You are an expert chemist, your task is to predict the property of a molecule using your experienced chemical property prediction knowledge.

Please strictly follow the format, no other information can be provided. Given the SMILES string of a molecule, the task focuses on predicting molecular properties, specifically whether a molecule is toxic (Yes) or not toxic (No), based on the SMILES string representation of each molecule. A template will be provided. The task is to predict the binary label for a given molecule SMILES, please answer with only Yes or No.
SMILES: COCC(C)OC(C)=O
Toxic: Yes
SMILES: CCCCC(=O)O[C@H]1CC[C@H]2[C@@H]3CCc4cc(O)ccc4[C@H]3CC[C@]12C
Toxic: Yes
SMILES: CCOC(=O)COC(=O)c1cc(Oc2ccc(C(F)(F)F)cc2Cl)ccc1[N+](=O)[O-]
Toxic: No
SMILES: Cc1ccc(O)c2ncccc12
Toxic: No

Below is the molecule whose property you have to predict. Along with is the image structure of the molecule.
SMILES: c1ccc2[nH]ccc2c1
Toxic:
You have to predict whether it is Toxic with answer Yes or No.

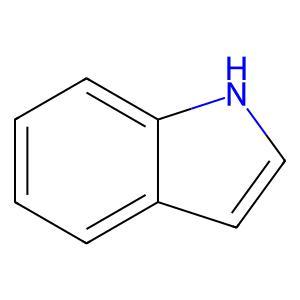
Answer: No